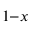
_ { 1 - x }